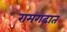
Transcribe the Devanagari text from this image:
रामगढात